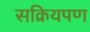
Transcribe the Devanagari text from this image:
सक्रियपण